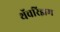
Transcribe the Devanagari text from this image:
थॅचरिझम